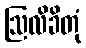
ဩလိခိတုံ